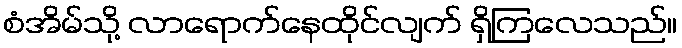
စံအိမ်သို့ လာရောက်နေထိုင်လျက် ရှိကြလေသည်။